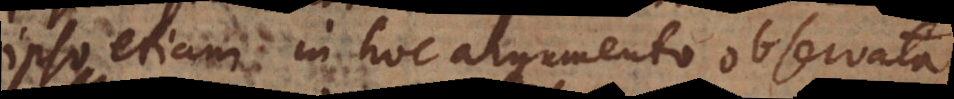
ipso etiam in hoc argumento observata